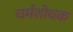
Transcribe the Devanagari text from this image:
चर्मशोधक